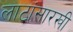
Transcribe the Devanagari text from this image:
लाटांसारखी